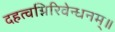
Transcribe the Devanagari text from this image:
दहत्वग्निरिवेन्धनम्॥